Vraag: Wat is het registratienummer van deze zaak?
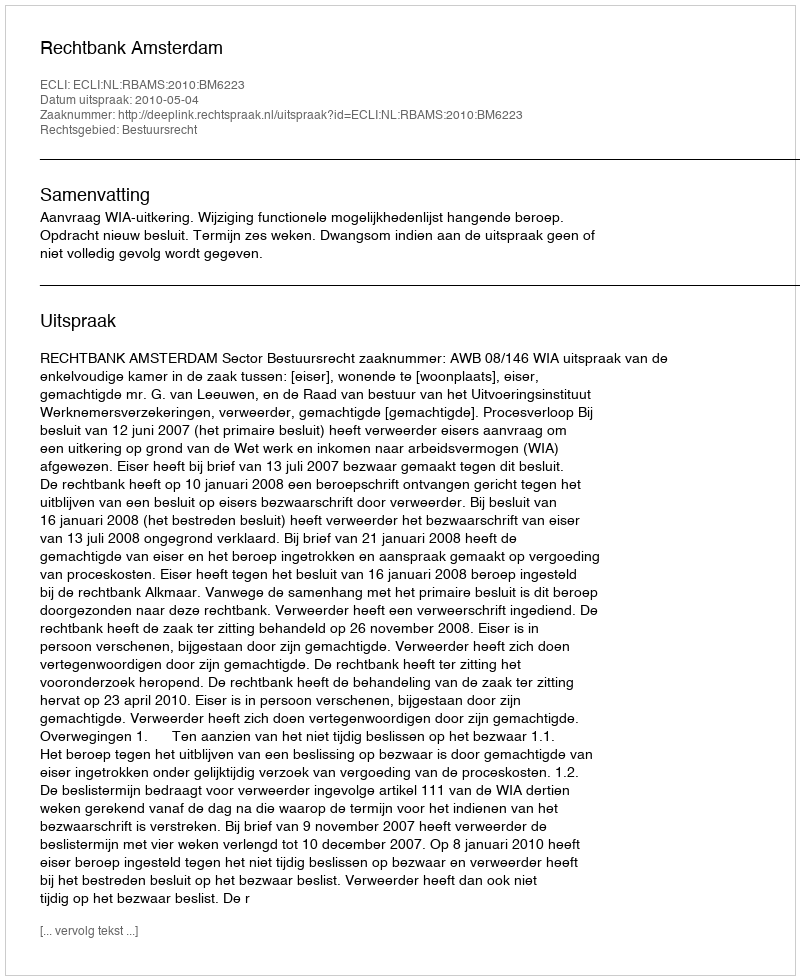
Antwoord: http://deeplink.rechtspraak.nl/uitspraak?id=ECLI:NL:RBAMS:2010:BM6223